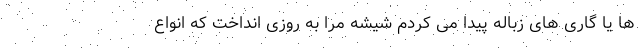
ها یا گاری های زباله پیدا می کردم شیشه مرا به روزی انداخت که انواع